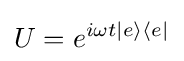
U=e^{i\omega t|e\rangle \langle e|}